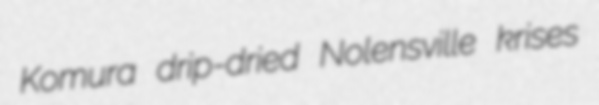
Komura drip-dried Nolensville krises